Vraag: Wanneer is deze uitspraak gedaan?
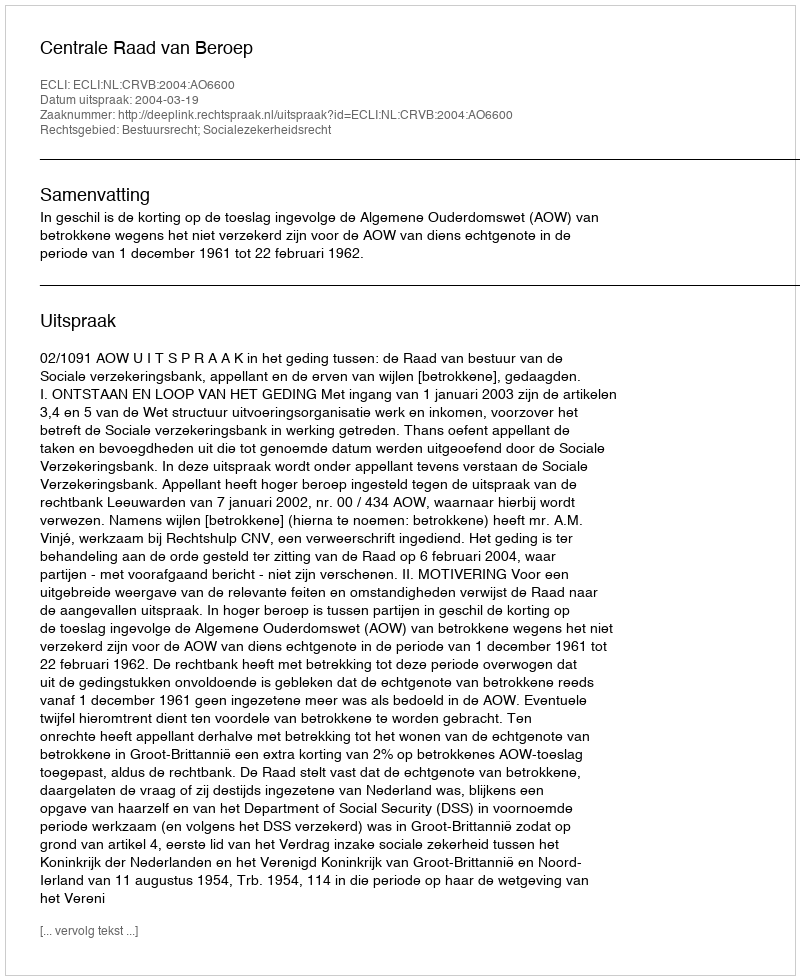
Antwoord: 2004-03-19